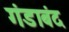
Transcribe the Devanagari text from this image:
गंडाबंद